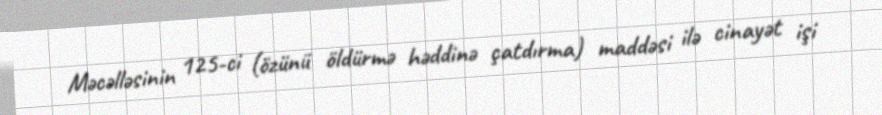
Məcəlləsinin 125-ci (özünü öldürmə həddinə çatdırma) maddəsi ilə cinayət işi